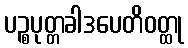
ပဉ္စပုတ္တခါဒပေတိဝတ္ထု